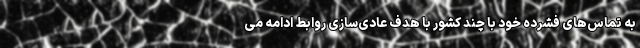
به تماس‌های فشرده خود با چند کشور با هدف عادی‌سازی روابط ادامه می